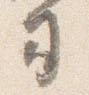
司